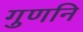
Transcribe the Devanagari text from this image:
गुणनि